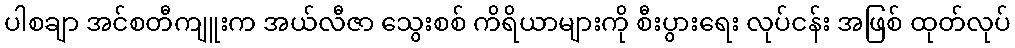
ပါစချာ အင်စတီကျူးက အယ်လီဇာ သွေးစစ် ကိရိယာများကို စီးပွားရေး လုပ်ငန်း အဖြစ် ထုတ်လုပ်